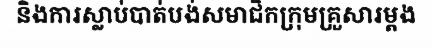
និងការស្លាប់បាត់បង់សមាជិកក្រុមគ្រួសារម្តង